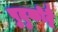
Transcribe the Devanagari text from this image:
पुदुकोट्टै